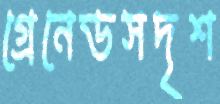
গ্রেনেডসদৃশ